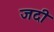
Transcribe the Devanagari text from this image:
जदी